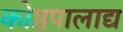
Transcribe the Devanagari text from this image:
कोष्ठपालाद्य